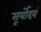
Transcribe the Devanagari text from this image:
सूर्योदयं